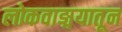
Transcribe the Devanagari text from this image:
लोकवाङ्मयातून